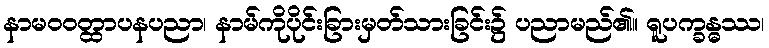
နာမဝဝတ္ထာပနပညာ၊ နာမ်ကိုပိုင်းခြားမှတ်သားခြင်း၌ ပညာမည်၏။ ရူပက္ခန္ဓဿ၊